Civil Veterinary Department. United Provinces 1912-22 - 1912-1922
Year: 1912
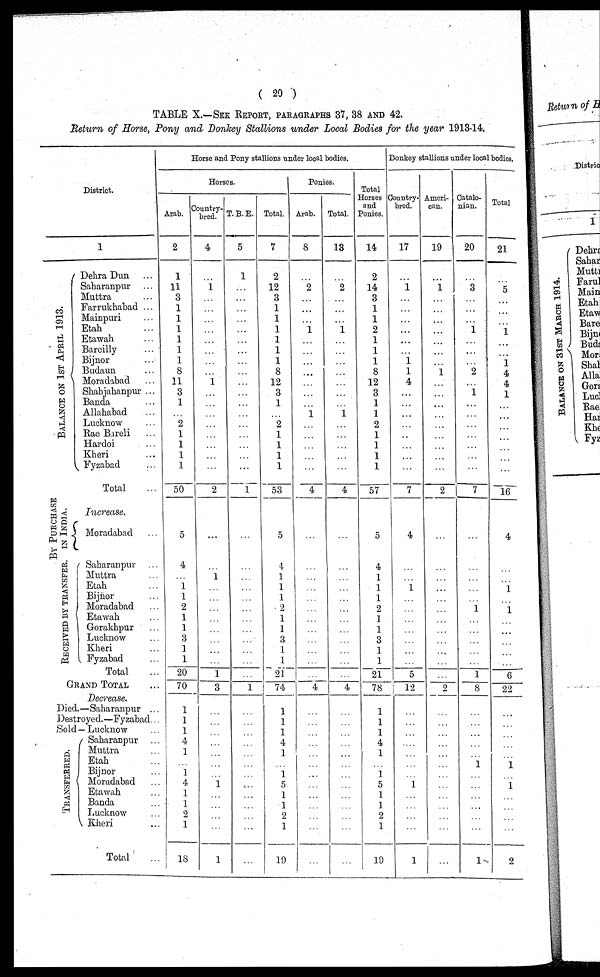
(20)
TABLE X.—SEE REPORT, PARAGRAPHS 37, 38 AND 42.
Return of Horse, Pony and Donkey Stallions under Local Bodies for the year 1913-14.
District.
1
BALANCE ON 1ST APRIL 1913.
BY PURCHASE
IN INDIA.
RECEIVED BY TRANSFER.
Dehra Dun ...
Saharanpur ...
Muttra ...
Farrukhabad ...
Mainpuri ...
Etah ...
Etawah ...
Bareilly
...
Bijnor ...
Budaun ...
Moradabad ...
Shahjahanpur ...
Banda ...
Allahabad ...
Lucknow ...
Rae Bareli ...
Hardoi ...
Kheri ...
Fyzabad ...
Total ...
Increase.
Moradabad ...
Saharanpur ...
Muttra ...
Etah ...
Bijnor ...
Moradabad ...
Etawah ...
Gorakhpur ...
Lucknow ...
Kheri ...
Fyzabad ...
Total ...
GRAND TOTAL ...
Decrease.
Died.—Saharanpur ...
Destroyed.—Fyzabad...
Sold —Lucknow ...
T RANS F E RRE D.
Saharanpur ...
Muttra ...
Etah ...
Bijnor ...
Moradabad ...
Etawah ...
Banda ...
Lucknow ...
Kheri ...
Total ...
Horse and Pony stallions under local bodies.
Horses.
Arab.
2
1
11
3
1
1
1
1
1
1
8
11
3
1
...
2
1
1
1
1
50
5
4
...
1
1
2
1
1
3
1
1
20
70
1
1
1
4
1
...
1
4
1
1
2
1
18
Country-
bred.
4
...
1
...
...
...
...
...
...
...
...
1
...
...
...
...
...
...
...
...
2
...
...
1
...
...
...
...
...
...
...
...
1
3
...
...
...
...
...
...
1
...
...
...
...
1
T.B.E.
5
1
...
...
...
...
...
...
...
...
...
...
...
...
...
...
...
...
...
...
1
...
...
...
...
...
...
...
...
...
...
...
...
1
...
...
...
...
...
...
...
...
...
...
...
...
Total.
7
2
12
3
1
1
1
1
1
1
8
12
3
1
...
2
1
1
1
1
53
5
4
1
1
1
2
1
1
3
1
1
21
74
1
1
1
4
1
...
1
5
1
1
2
1
19
Ponies.
Arab.
8
...
2
...
...
...
1
...
...
...
...
...
...
...
1
...
...
...
...
...
4
...
...
...
...
...
...
...
...
...
...
...
...
4
...
...
...
...
...
...
...
...
...
...
...
...
Total.
13
...
2
...
...
...
1
...
...
...
...
...
...
...
1
...
...
...
...
...
4
...
...
...
...
...
...
...
...
...
...
...
...
4
...
...
...
...
...
...
...
...
...
...
...
Total
Horses
and
Ponies.
14
2
14
3
1
1
2
1
1
1
8
12
3
1
1
2
1
1
1
1
57
5
4
1
1
1
2
1
1
3
1
1
21
78
1
1
1
4
1
...
1
5
1
1
9
1
19
Donkey stallions under local bodies.
Country-
bred.
17
...
1
...
...
...
...
...
...
1
1
4
...
...
...
...
...
...
...
...
7
4
...
...
1
...
...
...
...
...
...
...
5
12
...
...
...
...
...
...
...
1
...
...
...
...
1
Ameri-
can.
19
...
1
...
...
...
...
...
...
...
1
...
...
...
...
...
...
...
...
...
2
...
...
...
...
...
...
...
...
...
...
...
...
2
...
...
...
...
...
...
...
...
...
...
...
...
Catalo-
nian.
20
...
3
...
...
...
1
...
...
...
2
...
1
...
...
...
...
...
...
...
7
...
...
...
...
...
1
...
...
...
...
...
1
8
...
...
...
...
...
1
...
...
...
...
...
1
Total
21
...
5
...
...
...
1
...
...
1
4
4
1
...
...
...
...
...
...
...
16
4
...
...
1
...
1
...
...
...
...
...
6
22
...
...
...
...
...
1
1
...
...
...
...
2